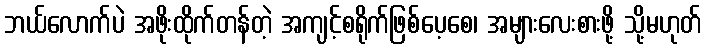
ဘယ်လောက်ပဲ အဖိုးထိုက်တန်တဲ့ အကျင့်စရိုက်ဖြစ်ပေ့စေ၊ အများလေးစားဖို့ သို့မဟုတ်